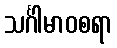
သင်္ဂါမာဝစရာ